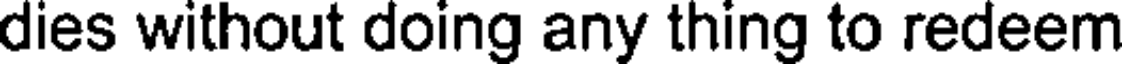
dies without doing any thing to redeem